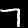
Digit: 7